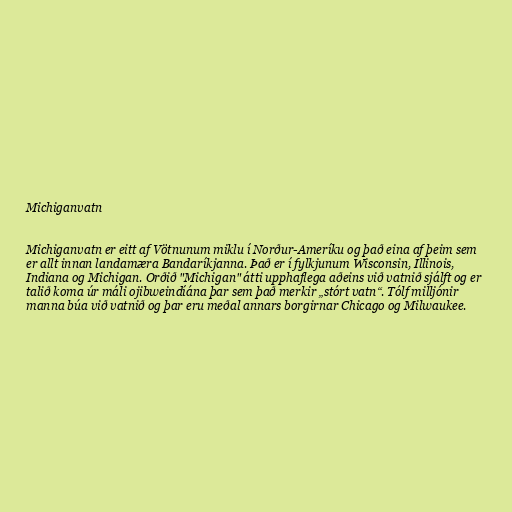
Michiganvatn

Michiganvatn er eitt af Vötnunum miklu í Norður-Ameríku og það eina af þeim sem
er allt innan landamæra Bandaríkjanna. Það er í fylkjunum Wisconsin, Illinois,
Indiana og Michigan. Orðið "Michigan" átti upphaflega aðeins við vatnið sjálft og er
talið koma úr máli ojibweindíána þar sem það merkir „stórt vatn“. Tólf milljónir
manna búa við vatnið og þar eru meðal annars borgirnar Chicago og Milwaukee.